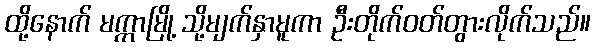
ထို့နောက် မက္ကာမြို့ သို့မျက်နှာမူကာ ဦးတိုက်ဝတ်တွားလိုက်သည်။